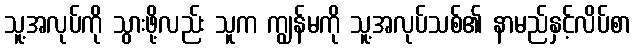
သူ့အလုပ်ကို သွားဖို့လည်း သူက ကျွန်မကို သူ့အလုပ်သစ်၏ နာမည်နှင့်လိပ်စာ